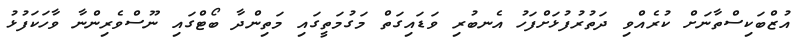
އުޒްބަކިސްތާނަށް ކުރެއްވި ދަތުރުފުޅަށްފަހު އެނބުރި ވަޑައިގަތް މަގުމަތީގައި މަތިންދާ ބޯޓްގައި ނޫސްވެރިންނާ ވާހަކަފުޅު